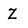
Character: Z